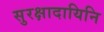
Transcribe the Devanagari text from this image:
सुरक्षादायिनि